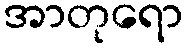
အာတုရော